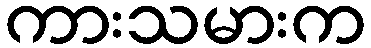
ကားသမားက